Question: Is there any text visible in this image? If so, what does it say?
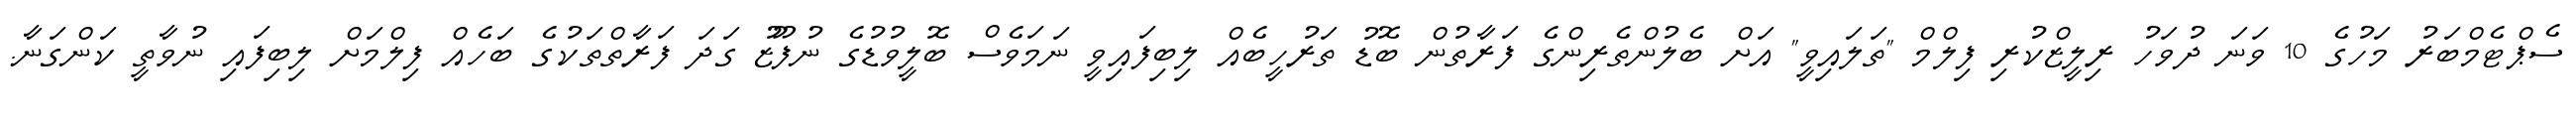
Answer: ސެޕްޓެމްބަރު މަހުގެ 10 ވަނަ ދުވަހު ރިލީޒްކުރި ފިލްމް "ތަލައިވީ" އަށް ބެލުންތެރިންގެ ފަރާތުން ބޮޑު ތަރުހީބެއް ލިބިފައިވީ ނަމަވެސް ބޮލީވުޑުގެ ނުފޫޒު ގަދަ ފަރާތްތަކުގެ ބަހެއް ފިލްމަށް ލިބިފައި ނުވާތީ ކަންގަނާ.